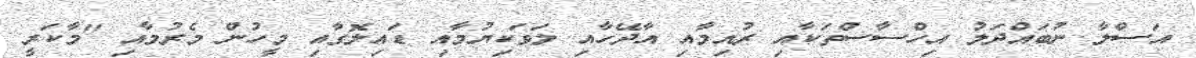
އަސްލާ ނުބައްދަލު އިހްސާސްތަކާއި ރުއިމާއި އާދޭހާއި ލަވަކިޔުމާއި ޑައިލޮގާއި މީހުން މެރުމާއި "މާކަރީ